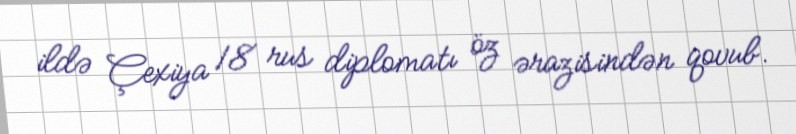
ildə Çexiya 18 rus diplomatı öz ərazisindən qovub.